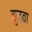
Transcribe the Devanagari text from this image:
बुनवा